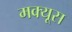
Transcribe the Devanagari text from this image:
मक्यूस